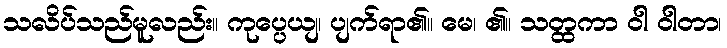
သလိပ်သည်မူလည်း။ ကုပ္ပေယျ၊ ပျက်ရာ၏။ မေ၊ ၏။ သတ္ထကာ ဝါ ဝါတာ၊